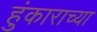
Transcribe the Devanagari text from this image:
हुंकाराच्या